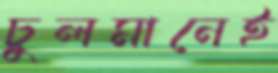
চুলমানেই